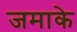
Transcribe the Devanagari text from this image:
जमाके